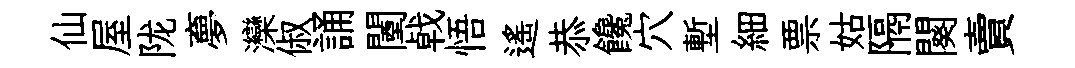
仙屋陇夣灤俶誦闉㦸悟遥恭饞穴塹細票姑隔闋賣